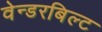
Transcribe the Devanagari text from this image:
वेन्डरबिल्ट